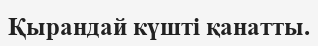
Қырандай күштi қанатты.